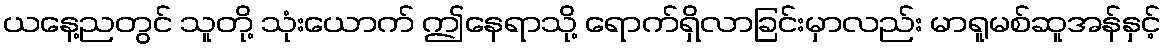
ယနေ့ညတွင် သူတို့ သုံးယောက် ဤနေရာသို့ ရောက်ရှိလာခြင်းမှာလည်း မာရူမစ်ဆူအန်နှင့်